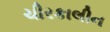
ચીરકાલીન